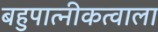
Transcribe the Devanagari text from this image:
बहुपात्नीकत्वाला